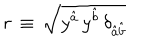
r \, \equiv \, \sqrt { y ^ { \hat { a } } \, y ^ { \hat { b } } \, \delta _ { { \hat { a } } { \hat { b } } } }